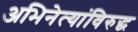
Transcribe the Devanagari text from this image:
अभिनेत्यांविरुद्ध